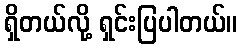
ရှိတယ်လို့ ရှင်းပြပါတယ်။